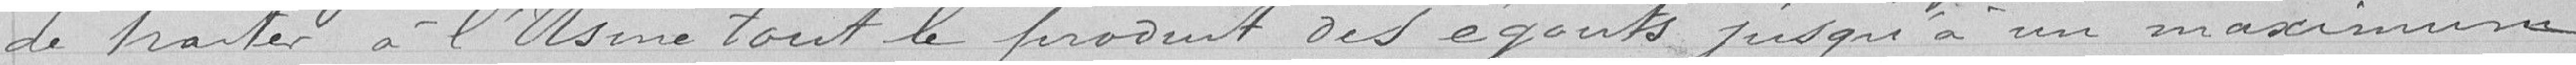
de traiter à l'usine tout le produit des égoûts jusqu'à un maximum